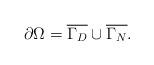
LaTeX: \begin{align*}\partial \Omega = \overline{\Gamma_D} \cup \overline{\Gamma_N}.\end{align*}